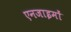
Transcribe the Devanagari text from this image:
एनजाइमों